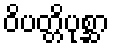
ဝိပတ္တိပုစ္ဆာ